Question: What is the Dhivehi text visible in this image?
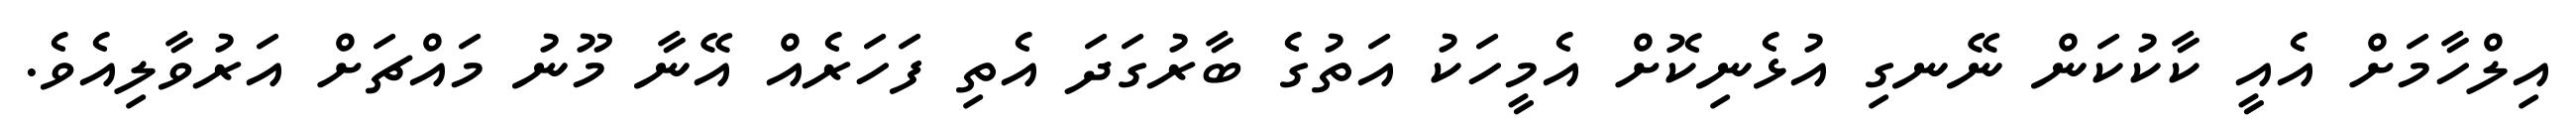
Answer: އިލްހާމަށް އެއީ ކާކުކަން ނޭނގި އުޅެނިކޮށް އެމީހަކު އަތުގެ ބާރުގަދަ އެތި ފަހަރެއް އޭނާ މޫނު މައްޗަށް އަރުވާލިއެވެ.